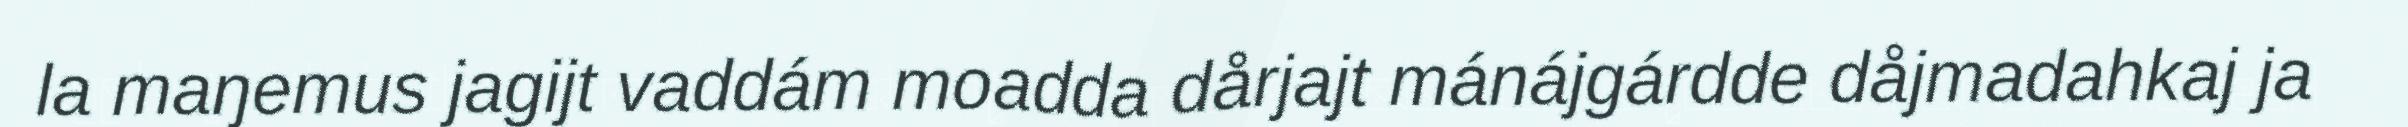
la maŋemus jagijt vaddám moadda dårjajt mánájgárdde dåjmadahkaj ja